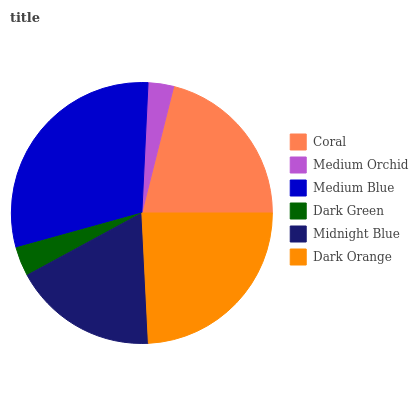
| Coral | Medium Orchid | Medium Blue | Dark Green | Midnight Blue | Dark Orange |
 | --- | --- | --- | --- | --- | --- |
 | 21% | 3.17% | 30.1% | 3.62% | 17.8% | 24.2% |